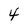
Character: 4